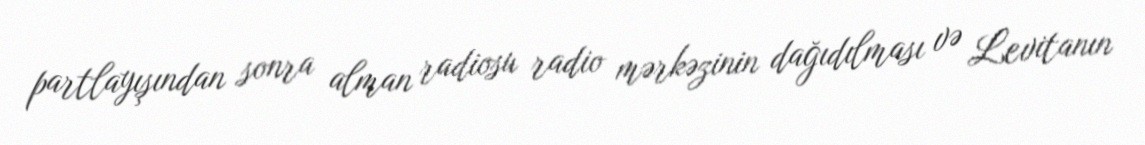
partlayışından sonra alman radiosu radio mərkəzinin dağıdılması və Levitanın